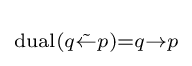
\scriptstyle {\operatorname {dual} (q{\tilde {\leftarrow }}p)=q\rightarrow p\,}\!